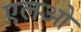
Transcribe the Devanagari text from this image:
एलओ